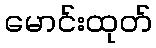
မောင်းထုတ်